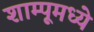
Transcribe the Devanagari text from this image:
शाम्पूमध्ये